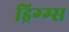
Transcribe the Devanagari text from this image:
ड्रिग्ग्स